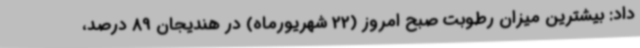
داد: بیشترین میزان رطوبت صبح امروز (22 شهریورماه) در هندیجان 89 درصد،